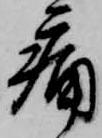
痛